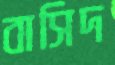
বাসিদ